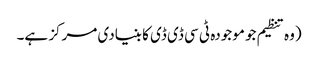
(وہ تنظیم جو موجودہ ٹی سی ڈی ڈی کا بنیادی مرکز ہے۔